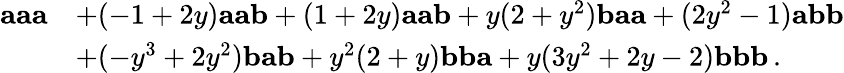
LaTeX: \begin{array}{rl}{\mathbf{a}\mathbf{a}\mathbf{a}}&{+(-1+2y)\mathbf{a}\mathbf{a}\mathbf{b}+(1+2y)\mathbf{a}\mathbf{a}\mathbf{b}+y(2+y^{2})\mathbf{b}\mathbf{a}\mathbf{a}+(2y^{2}-1)\mathbf{a}\mathbf{b}\mathbf{b}}\\ &{+(-y^{3}+2y^{2})\mathbf{b}\mathbf{a}\mathbf{b}+y^{2}(2+y)\mathbf{b}\mathbf{b}\mathbf{a}+y(3y^{2}+2y-2)\mathbf{b}\mathbf{b}\mathbf{b}\, .}\end{array}